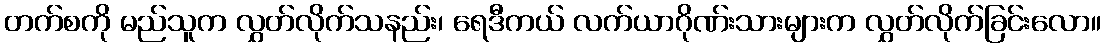
တက်စကို မည်သူက လွှတ်လိုက်သနည်း၊ ရေဒီကယ် လက်ယာဂိုဏ်းသားများက လွှတ်လိုက်ခြင်းလော။